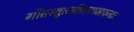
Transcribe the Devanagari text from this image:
गीतस्तुतसीतारामचन्द्रः